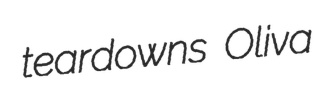
teardowns Oliva